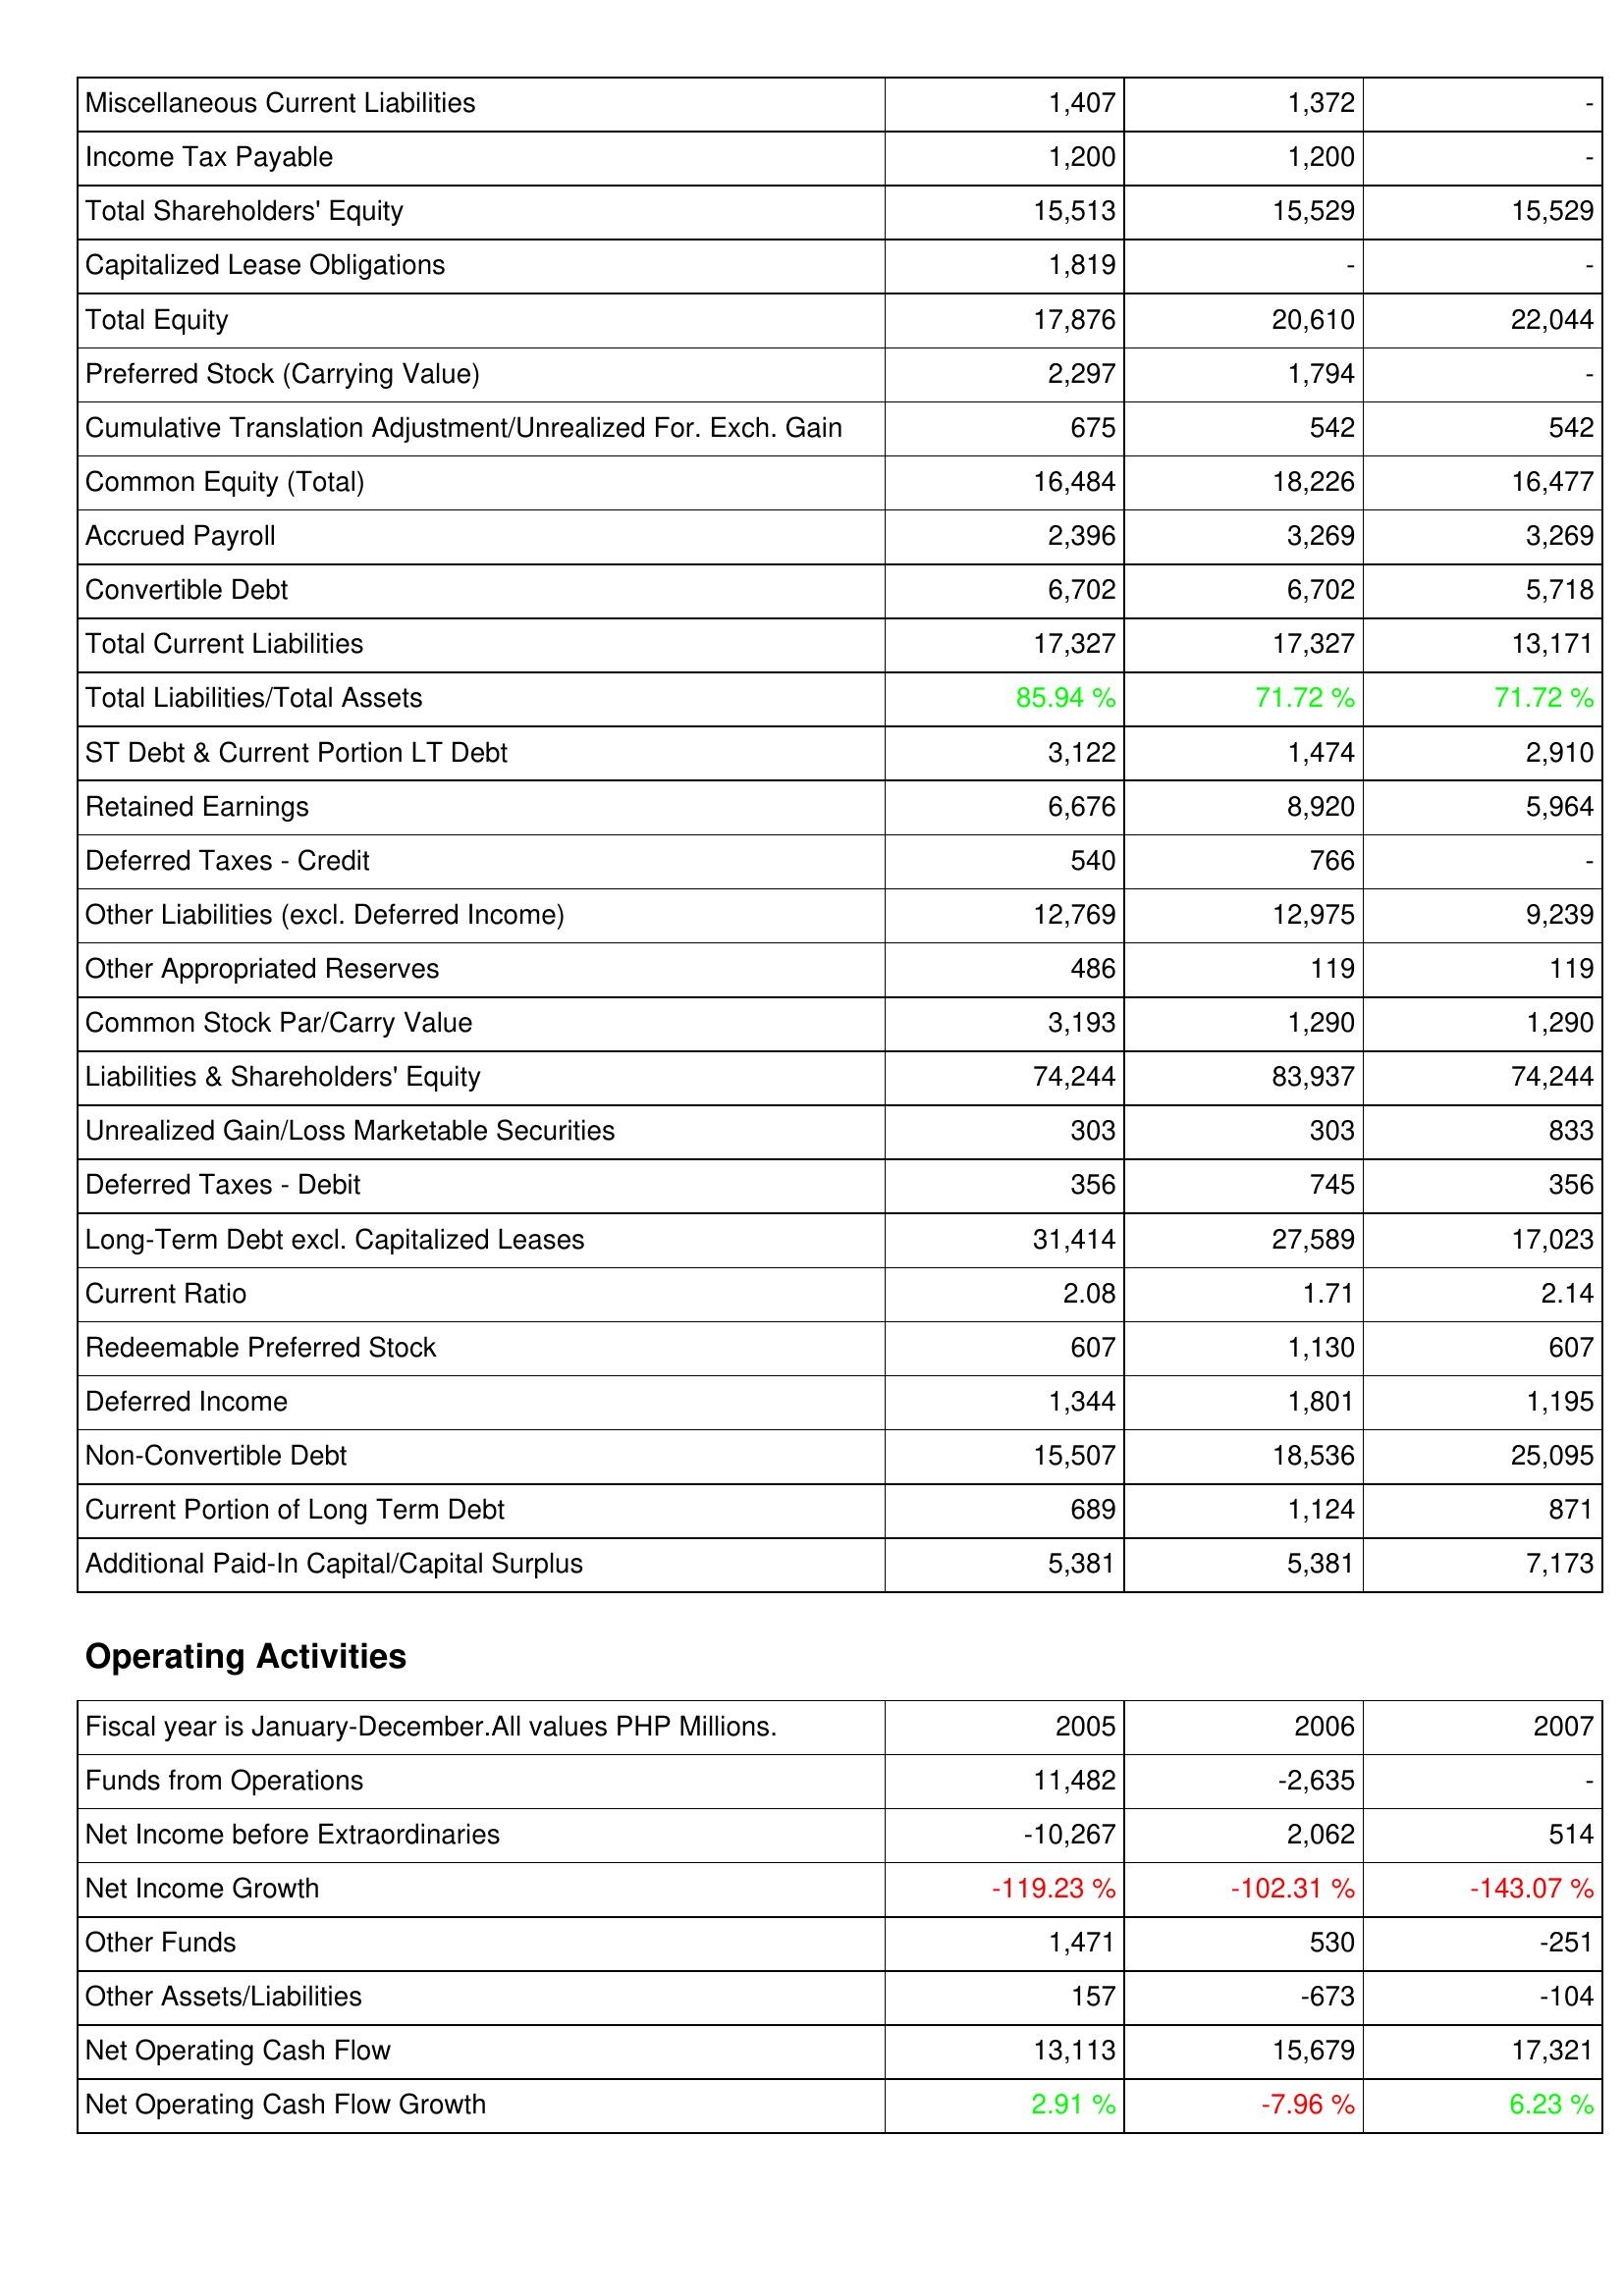
2005: Liabilities & Shareholders' Equity: Miscellaneous Current Liabilities: 1,407
Income Tax Payable: 1,200
Total Shareholders' Equity: 15,513
Capitalized Lease Obligations: 1,819
Total Equity: 17,876
Preferred Stock (Carrying Value): 2,297
Cumulative Translation Adjustment/Unrealized For. Exch. Gain: 675
Common Equity (Total): 16,484
Accrued Payroll: 2,396
Convertible Debt: 6,702
Total Current Liabilities: 17,327
Total Liabilities/Total Assets: 85.94 %
ST Debt & Current Portion LT Debt: 3,122
Retained Earnings: 6,676
Deferred Taxes - Credit: 540
Other Liabilities (excl. Deferred Income): 12,769
Other Appropriated Reserves: 486
Common Stock Par/Carry Value: 3,193
Liabilities & Shareholders' Equity: 74,244
Unrealized Gain/Loss Marketable Securities: 303
Deferred Taxes - Debit: 356
Long-Term Debt excl. Capitalized Leases: 31,414
Current Ratio: 2.08
Redeemable Preferred Stock: 607
Deferred Income: 1,344
Non-Convertible Debt: 15,507
Current Portion of Long Term Debt: 689
Additional Paid-In Capital/Capital Surplus: 5,381
Operating Activities: Funds from Operations: 11,482
Net Income before Extraordinaries: -10,267
Net Income Growth: -119.23 %
Other Funds: 1,471
Other Assets/Liabilities: 157
Net Operating Cash Flow: 13,113
Net Operating Cash Flow Growth: 2.91 %
2006: Liabilities & Shareholders' Equity: Miscellaneous Current Liabilities: 1,372
Income Tax Payable: 1,200
Total Shareholders' Equity: 15,529
Capitalized Lease Obligations: -
Total Equity: 20,610
Preferred Stock (Carrying Value): 1,794
Cumulative Translation Adjustment/Unrealized For. Exch. Gain: 542
Common Equity (Total): 18,226
Accrued Payroll: 3,269
Convertible Debt: 6,702
Total Current Liabilities: 17,327
Total Liabilities/Total Assets: 71.72 %
ST Debt & Current Portion LT Debt: 1,474
Retained Earnings: 8,920
Deferred Taxes - Credit: 766
Other Liabilities (excl. Deferred Income): 12,975
Other Appropriated Reserves: 119
Common Stock Par/Carry Value: 1,290
Liabilities & Shareholders' Equity: 83,937
Unrealized Gain/Loss Marketable Securities: 303
Deferred Taxes - Debit: 745
Long-Term Debt excl. Capitalized Leases: 27,589
Current Ratio: 1.71
Redeemable Preferred Stock: 1,130
Deferred Income: 1,801
Non-Convertible Debt: 18,536
Current Portion of Long Term Debt: 1,124
Additional Paid-In Capital/Capital Surplus: 5,381
Operating Activities: Funds from Operations: -2,635
Net Income before Extraordinaries: 2,062
Net Income Growth: -102.31 %
Other Funds: 530
Other Assets/Liabilities: -673
Net Operating Cash Flow: 15,679
Net Operating Cash Flow Growth: -7.96 %
2007: Liabilities & Shareholders' Equity: Miscellaneous Current Liabilities: -
Income Tax Payable: -
Total Shareholders' Equity: 15,529
Capitalized Lease Obligations: -
Total Equity: 22,044
Preferred Stock (Carrying Value): -
Cumulative Translation Adjustment/Unrealized For. Exch. Gain: 542
Common Equity (Total): 16,477
Accrued Payroll: 3,269
Convertible Debt: 5,718
Total Current Liabilities: 13,171
Total Liabilities/Total Assets: 71.72 %
ST Debt & Current Portion LT Debt: 2,910
Retained Earnings: 5,964
Deferred Taxes - Credit: -
Other Liabilities (excl. Deferred Income): 9,239
Other Appropriated Reserves: 119
Common Stock Par/Carry Value: 1,290
Liabilities & Shareholders' Equity: 74,244
Unrealized Gain/Loss Marketable Securities: 833
Deferred Taxes - Debit: 356
Long-Term Debt excl. Capitalized Leases: 17,023
Current Ratio: 2.14
Redeemable Preferred Stock: 607
Deferred Income: 1,195
Non-Convertible Debt: 25,095
Current Portion of Long Term Debt: 871
Additional Paid-In Capital/Capital Surplus: 7,173
Operating Activities: Funds from Operations: -
Net Income before Extraordinaries: 514
Net Income Growth: -143.07 %
Other Funds: -251
Other Assets/Liabilities: -104
Net Operating Cash Flow: 17,321
Net Operating Cash Flow Growth: 6.23 %